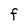
Character: F